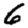
Digit: 6